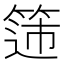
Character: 𬕟